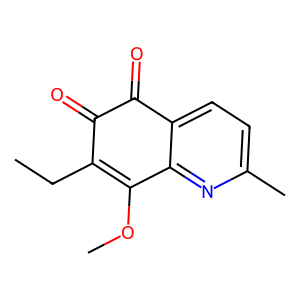
SMILES: CCC1=C(OC)c2nc(C)ccc2C(=O)C1=O
Inhibits HIV replication: No